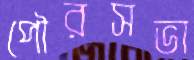
পৌরসভা